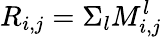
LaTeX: R_{i,j}=\Sigma_{l}M_{i,j}^{l}